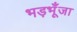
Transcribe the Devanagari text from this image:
भड़भूँजा